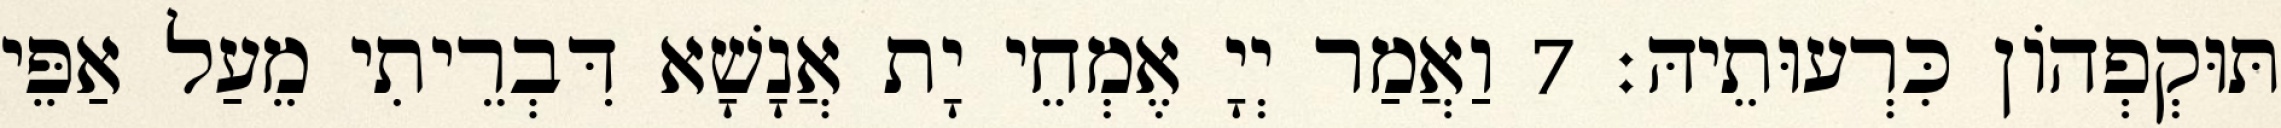
תּוּקְפְהוֹן כִּרְעוּתֵיהּ׃ 7 וַאֲמַר יְיָ אֶמְחֵי יָת אֲנָשָׁא דִּבְרֵיתִי מֵעַל אַפֵּי